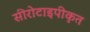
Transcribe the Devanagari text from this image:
सीरोटाइपीकृत